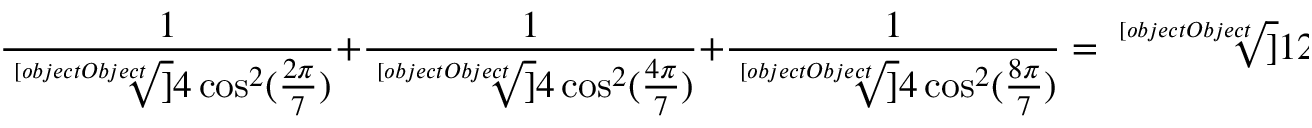
{ \frac { 1 } { \sqrt [ [object Object] ] { 4 \cos ^ { 2 } ( { \frac { 2 \pi } { 7 } } ) } } } + { \frac { 1 } { \sqrt [ [object Object] ] { 4 \cos ^ { 2 } ( { \frac { 4 \pi } { 7 } } ) } } } + { \frac { 1 } { \sqrt [ [object Object] ] { 4 \cos ^ { 2 } ( { \frac { 8 \pi } { 7 } } ) } } } = { \sqrt [ [object Object] ] { 1 2 + 3 ( 2 { \sqrt [ [object Object] ] { 7 } } + { \sqrt [ [object Object] ] { 4 9 } } ) } }